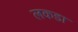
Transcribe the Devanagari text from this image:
लकडा